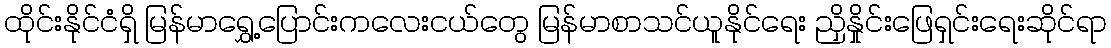
ထိုင်းနိုင်ငံရှိ မြန်မာရွှေ့ပြောင်းကလေးငယ်တွေ မြန်မာစာသင်ယူနိုင်ရေး ညှိနှိုင်းဖြေရှင်းရေးဆိုင်ရာ